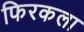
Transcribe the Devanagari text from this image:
फिरकला